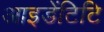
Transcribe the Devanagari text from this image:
आइडेंटिटि